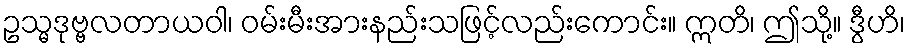
ဥသ္မဒုဗ္ဗလတာယဝါ၊ ဝမ်းမီးအားနည်းသဖြင့်လည်းကောင်း။ ဣတိ၊ ဤသို့။ ဒွီဟိ၊